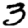
Digit: 3